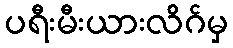
ပရီးမီးယားလိဂ်မှ